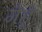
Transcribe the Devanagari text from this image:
गेहॅू